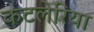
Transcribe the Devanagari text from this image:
कटलेरिया